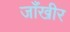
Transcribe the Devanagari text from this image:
जाँखीर